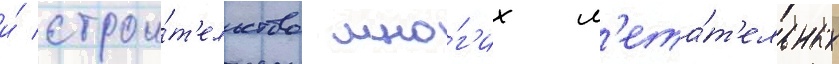
и́ строи́т'ельство мно́г'их л'ета́т'ельных